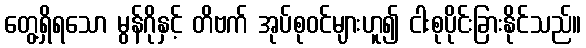
တွေ့ရှိရသော မွန်ဂိုနှင့် တိဗက် အုပ်စုဝင်များဟူ၍ ငါးစုပိုင်းခြားနိုင်သည်။